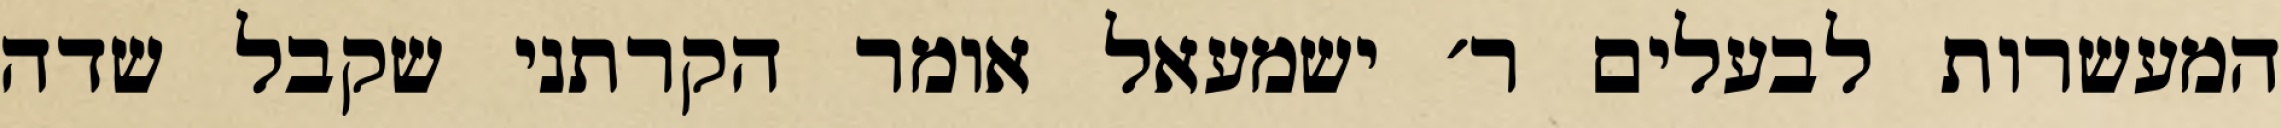
המעשרות לבעלים ר׳ ישמעאל אומר הקרתני שקבל שדה